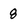
Character: 8